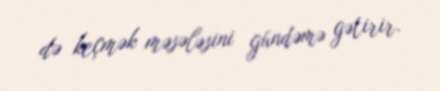
də keçmək məsələsini gündəmə gətirir.